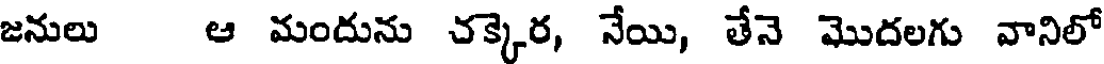
జనులు ఆ మందును చక్కెర, నేయి, తేనె మొదలగు వానిలో